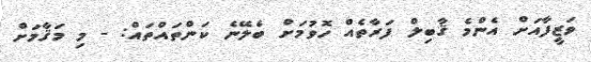
ވަޒީފާއަށް އެންމެ ޤާބިލް ފަރާތެއް ހޮވުމަށް ބެލޭނެ ކަންތައްތައް: - މި މަޤާމަށް